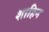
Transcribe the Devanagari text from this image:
शाहिन